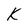
Character: K